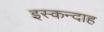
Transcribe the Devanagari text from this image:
इस्कन्दाह